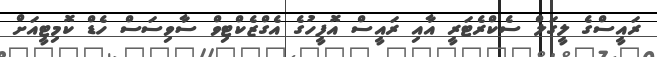
ރައީސްގެ ލީގަލް ސެކްރެޓަރީ އާއި ރައީސް އޮފީހުގެ އެގްޒެކްޓިވް ސާވިސަސް ހެޑް ކޮމިޓީއަށް